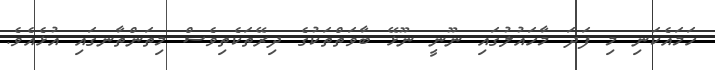
ހަމައެކަނި މި ފަދަ މާހައުލުގައި ނޫނީ ނޫޅޭ ބާވަތްތަކުގެ ދިރޭތަކެތިވެސް މިތަންތާނގައި އުޅެއެވެ.